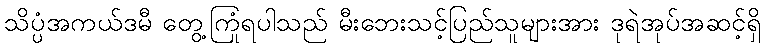
သိပ္ပံအကယ်ဒမီ တွေ့ကြုံရပါသည် မီးဘေးသင့်ပြည်သူများအား ဒုရဲအုပ်အဆင့်ရှိ